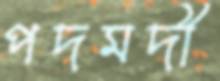
পদমদী